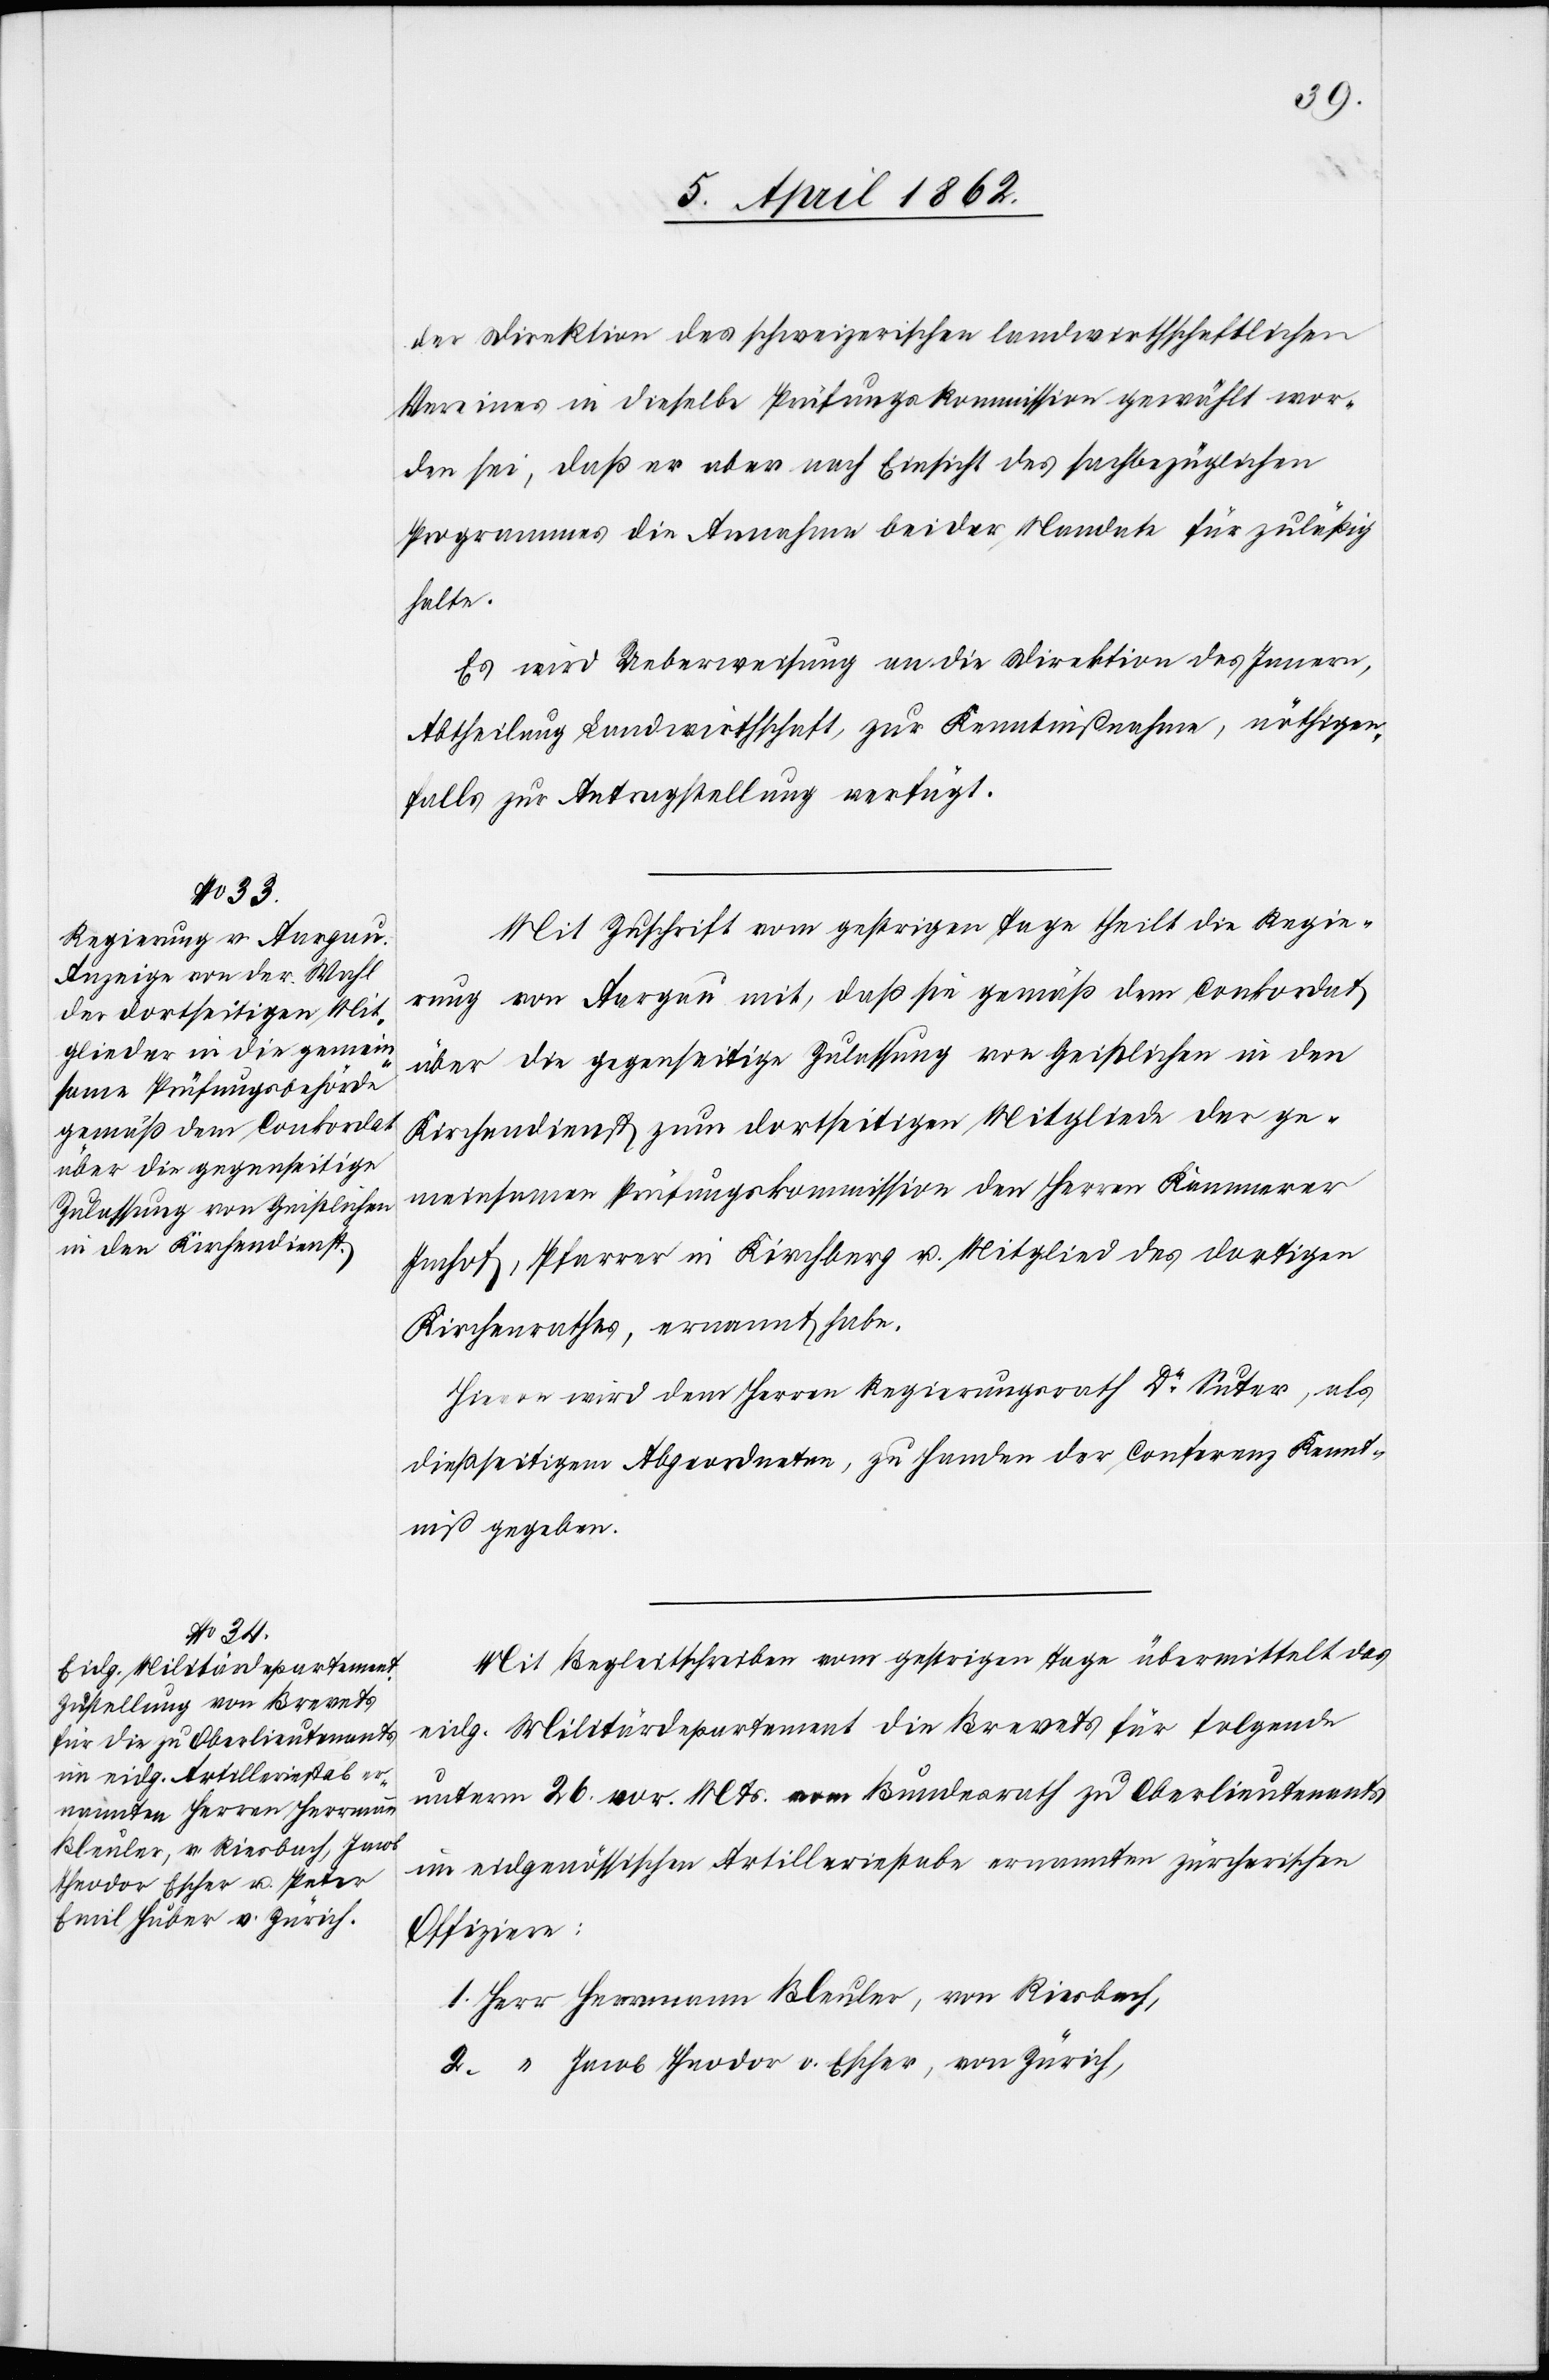
9. April 1862.]
der Direktion des schweizerischen landwirthschaftlichen
Vereines in dieselbe Prüfungskommission gewählt wor¬
den sei, daß er aber nach Einsicht des sachbezüglichen
Programmes die Annahme beider Mandate für zuläßig
halte.
Es wird Ueberweisung an die Direktion des Innern,
Abtheilung Landwirthschaft, zur Kenntnißnahme, nöthigen¬
falls zur Antragstellung verfügt.
Mit Zuschrift vom gestrigen Tage theilt die Regie¬
rung von Aargau mit, daß sie gemäß dem Conkordat
über die gegenseitige Zulassung von Geistlichen in den
Kirchendienst zum dortseitigen Mitgliede der ge¬
meinsamen Prüfungskommission den Herren Kämmerer
Imhof, Pfarrer in Kirchberg u. Mitglied des dortigen
Kirchenrathes, ernannt habe.
Hievon wird dem Herrn Regierungsrath Dr. Suter, als
dießseitigen Abgeordneten, zu Handen der Conferenz Kennt¬
niß zu geben.
Mit Begleitschreiben vom gestrigen Tage übermittelt das
eidg. Militärdepartement die Brevets für folgende
2.
unterm 26. vor. Mts. vom Bundesrath zu Oberlieutenants
im eidgenössischen Artilleriestabe ernannten zürcherischen
Offiziere: